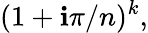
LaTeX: (1+\mathbf{i}\pi/n)^{k},